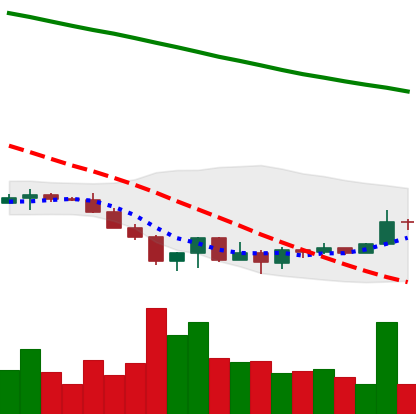
Ticker: XRP-USD
Chart end date: 2022-06-25
Forward return: -9.824%
Label: down_7plus